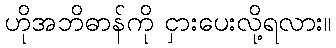
ဟိုအဘိဓာန်ကို ငှားပေးလို့ရလား။